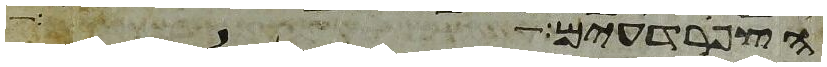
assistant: הצפרדעים